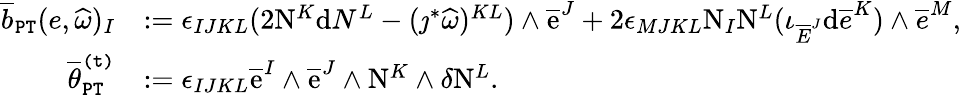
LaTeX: \begin{array}{rl}{\overline{{b}}_{\mathtt{PT}}(e,\widehat{\omega})_{I}}&{:=\epsilon_{IJKL}(2\mathrm{N}^{K}\mathrm{d}N^{L}-(\jmath^{*}\widehat{\omega})^{KL})\wedge\overline{{\mathrm{e}}}^{J}+2\epsilon_{MJKL}\mathrm{N}_{I}\mathrm{N}^{L}(\iota_{\overline{{E}}^{J}}\mathrm{d}\overline{{e}}^{K})\wedge\overline{{e}}^{M},}\\ {\overline{{\theta}}_{\mathtt{PT}}^{\mathtt{(t)}}}&{:=\epsilon_{IJKL}\overline{{\mathrm{e}}}^{I}\wedge\overline{{\mathrm{e}}}^{J}\wedge\mathrm{N}^{K}\wedge\delta\mathrm{N}^{L}.}\end{array}